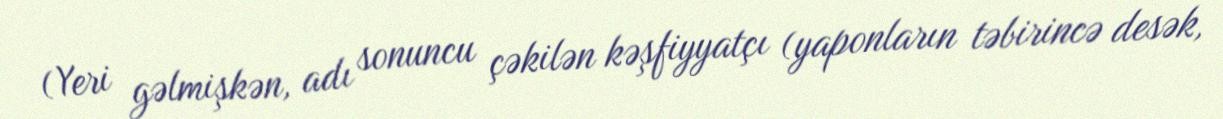
(Yeri gəlmişkən, adı sonuncu çəkilən kəşfiyyatçı (yaponların təbirincə desək,